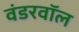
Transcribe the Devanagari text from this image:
वंडरवॉल